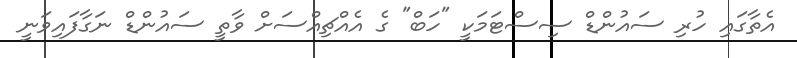
އެތާގައި ހުރި ސައުންޑް ސިސްޓަމަކީ "ހަބް" ގެ އެއްޗިއްސަށް ވާތީ ސައުންޑް ނަގާފައިވަނީ